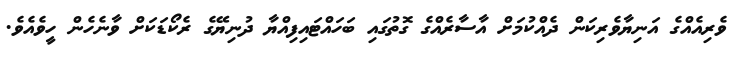
ވެރިއެއްގެ އަނިޔާވެރިކަން ދެއްކުމަށް އާސާރެއްގެ ގޮތުގައި ބަހައްޓައިފިއްޔާ ދުނިޔޭގެ ރެކޯޑަކަށް ވާނެހެން ހީވެއެވެ.